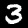
Label: 3